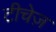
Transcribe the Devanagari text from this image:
टीचेज़